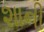
શાની